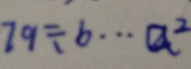
7 9 \div b \cdots a ^ { 2 }